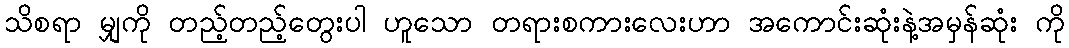
သိစရာ မျှကို တည့်တည့်တွေးပါ ဟူသော တရားစကားလေးဟာ အကောင်းဆုံးနဲ့အမှန်ဆုံး ကို